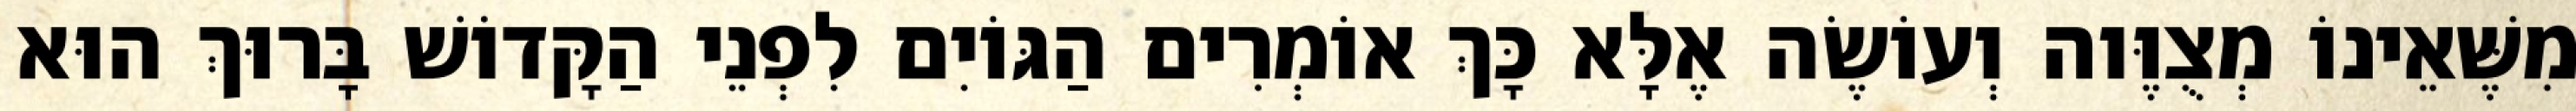
מִשֶּׁאֵינוֹ מְצֻוֶּוה וְעוֹשֶׂה אֶלָּא כָּךְ אוֹמְרִים הַגּוֹיִם לִפְנֵי הַקָּדוֹשׁ בָּרוּךְ הוּא